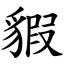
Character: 貑